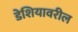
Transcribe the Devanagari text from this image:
डेशियावरील